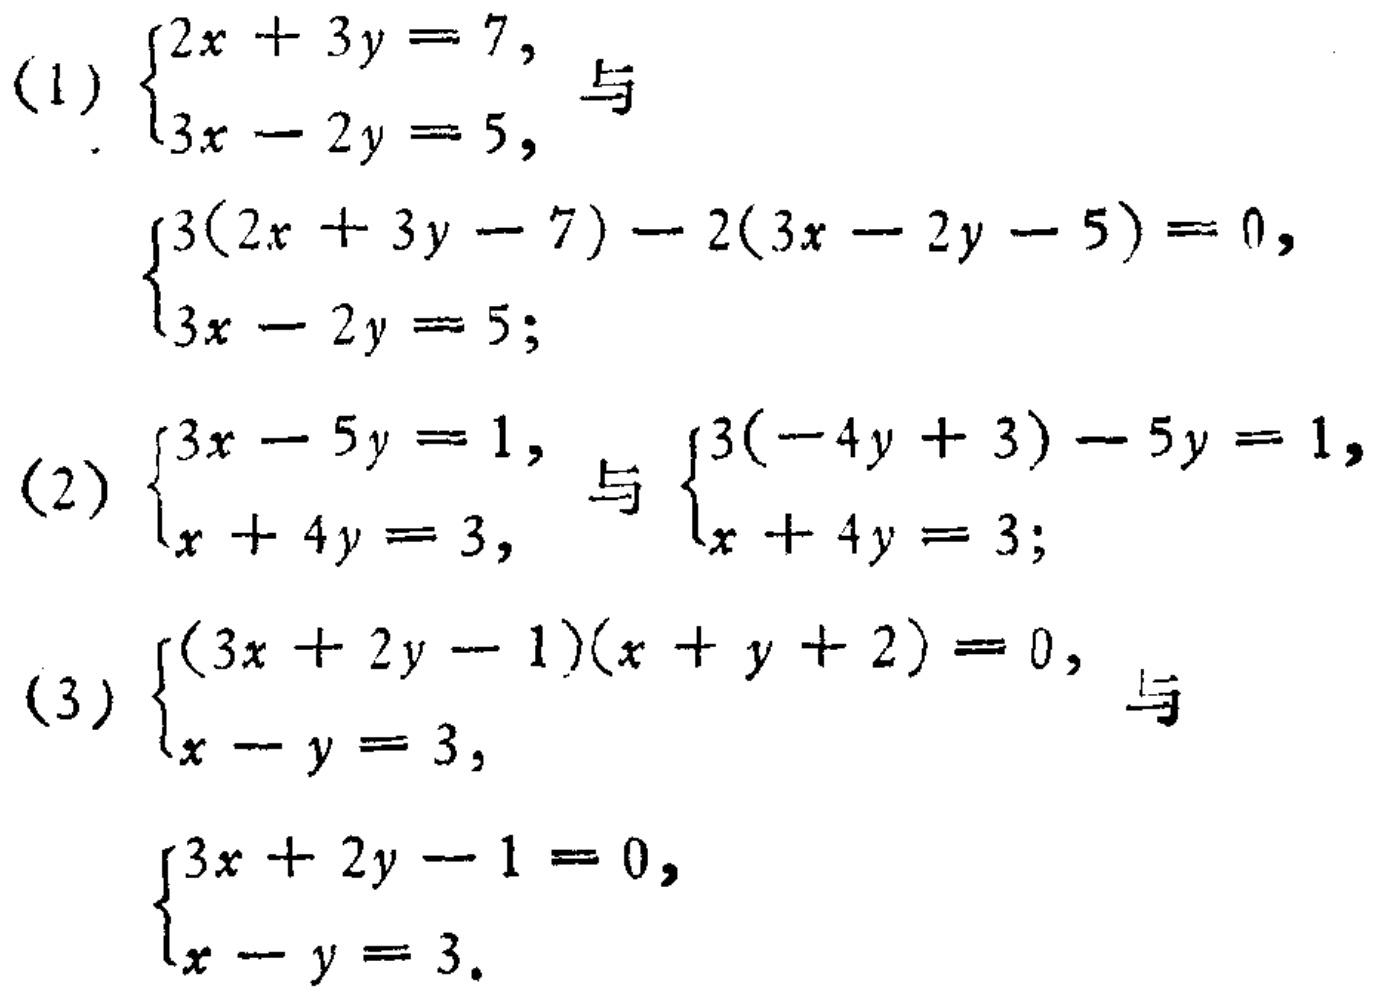
(1) $\begin{cases}2x + 3y = 7,\\3x - 2y = 5,\end{cases}$ 与 $\begin{cases}3(2x + 3y - 7) - 2(3x - 2y - 5) = 0,\\3x - 2y = 5;\end{cases}$
(2) $\begin{cases}3x - 5y = 1,\\x + 4y = 3,\end{cases}$ 与 $\begin{cases}3(-4y + 3) - 5y = 1,\\x + 4y = 3;\end{cases}$
(3) $\begin{cases}(3x + 2y - 1)(x + y + 2) = 0,\\x - y = 3,\end{cases}$ 与 $\begin{cases}3x + 2y - 1 = 0,\\x - y = 3.\end{cases}$